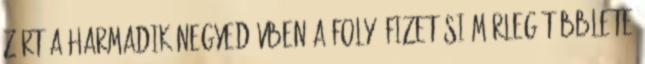
zárt a harmadik negyedévben A folyó fizetési mérleg többlete